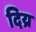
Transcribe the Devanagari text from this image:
दिय्र